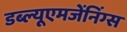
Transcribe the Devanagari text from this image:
डब्ल्यूएमजेंनिंग्स